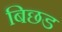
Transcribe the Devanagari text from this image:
बिछड